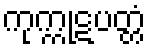
ကုက္ကုဋပတ္တံ